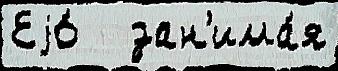
Еjо́   зан'има́я